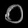
Digit: ၀